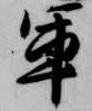
軍